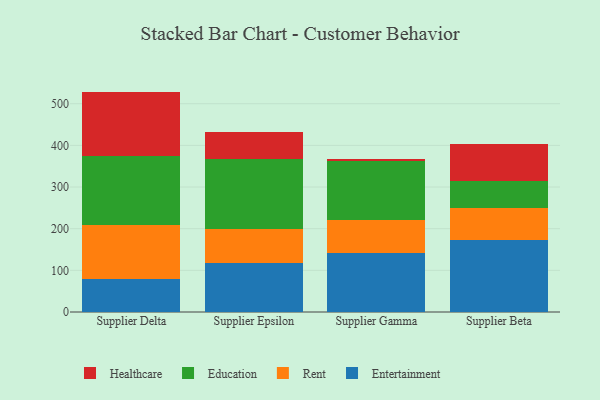
{"axis": {"x": "Supplier", "y": "Energy Usage (MWh)"}, "legend": ["Education", "Entertainment", "Healthcare", "Rent"], "data": [{"x": "Supplier Delta", "y": 79.8, "type": "Entertainment"}, {"x": "Supplier Delta", "y": 129.6, "type": "Rent"}, {"x": "Supplier Delta", "y": 164.9, "type": "Education"}, {"x": "Supplier Delta", "y": 154.8, "type": "Healthcare"}, {"x": "Supplier Epsilon", "y": 118.0, "type": "Entertainment"}, {"x": "Supplier Epsilon", "y": 82.1, "type": "Rent"}, {"x": "Supplier Epsilon", "y": 166.7, "type": "Education"}, {"x": "Supplier Epsilon", "y": 65.6, "type": "Healthcare"}, {"x": "Supplier Gamma", "y": 141.8, "type": "Entertainment"}, {"x": "Supplier Gamma", "y": 78.0, "type": "Rent"}, {"x": "Supplier Gamma", "y": 142.5, "type": "Education"}, {"x": "Supplier Gamma", "y": 5.5, "type": "Healthcare"}, {"x": "Supplier Beta", "y": 172.2, "type": "Entertainment"}, {"x": "Supplier Beta", "y": 76.7, "type": "Rent"}, {"x": "Supplier Beta", "y": 65.3, "type": "Education"}, {"x": "Supplier Beta", "y": 89.0, "type": "Healthcare"}]}